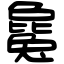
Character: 毚